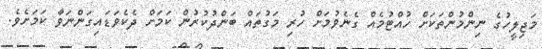
މަޖިލީހުގެ ނިންމުންތަކަށް ހުއްޓުމެއް ގެނެވުމަށް ހުރި މަގުތައް ބަންދުކުރުން ކަމަށް ދެކެވަޑައިގަންނަވާ ކަމަށެވެ.